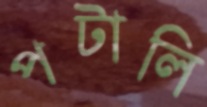
পটালি